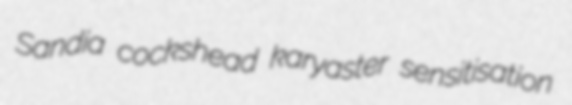
Sandia cockshead karyaster sensitisation